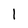
Character: 1